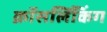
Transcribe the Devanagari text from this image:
क्रॉसलिंकिंग